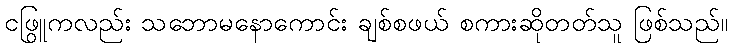
ငဖြူကလည်း သဘောမနောကောင်း ချစ်စဖွယ် စကားဆိုတတ်သူ ဖြစ်သည်။